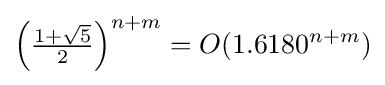
\left({\tfrac {1+{\sqrt {5}}}{2}}\right)^{n+m}=O(1.6180^{n+m})